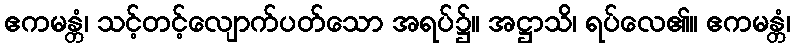
ဧကမန္တံ၊ သင့်တင့်လျောက်ပတ်သော အရပ်၌။ အဋ္ဌာသိ၊ ရပ်လေ၏။ ဧကမန္တံ၊